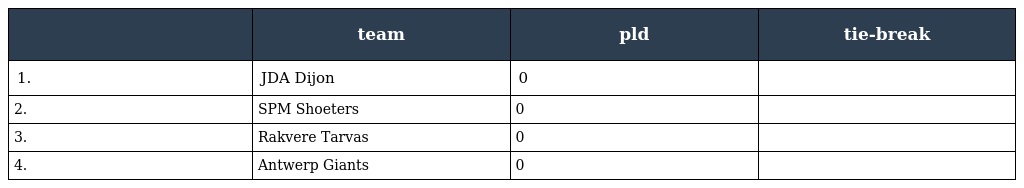
|  | team | pld | tie-break |
 | --- | --- | --- | --- |
 | 1. | JDA Dijon | 0 |  |
 | 2. | SPM Shoeters | 0 |  |
 | 3. | Rakvere Tarvas | 0 |  |
 | 4. | Antwerp Giants | 0 |  |